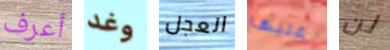
أعرف وغد العجل عليها لن